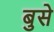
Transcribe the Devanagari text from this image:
बुसे